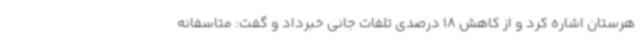
هرستان اشاره کرد و از کاهش 18 درصدی تلفات جانی خبرداد و گفت: متاسفانه